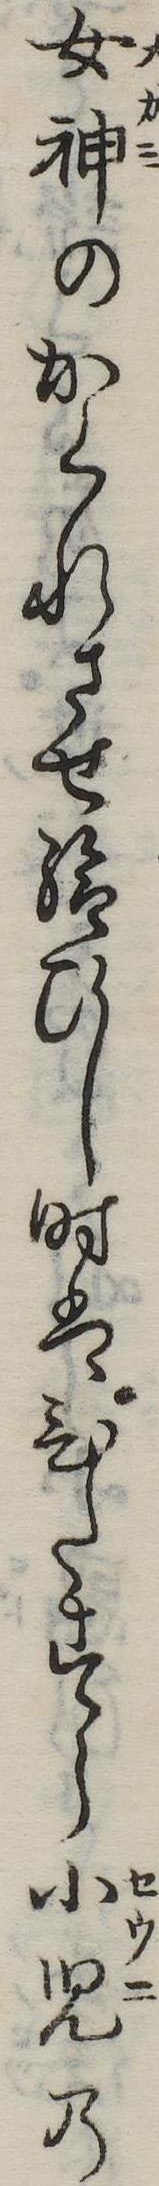
女神のかくれさせ給ひし時はひたすら小児の